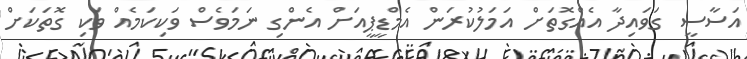
އަސާސީ ގަވައިދާ އެއްގޮތަށް އަމަލުކުރަން އެމްޑީޕީއަށް އެންގި ނަމަވެސް ވަކިކަމެއް ވަކި ގޮތަކަށް